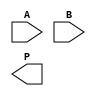
module wallace_tree_multiplier #(parameter N = 4)(
    input [N-1:0] A,
    input [N-1:0] B,
    output reg [2*N-1:0] P
);

    // Generate Partial Products
    wire [N-1:0] pp [0:N-1]; // Partial products
    genvar i;
    generate
        for (i = 0; i < N; i = i + 1) begin: gen_partial_products
            assign pp[i] = A & {N{B[i]}};
        end
    endgenerate

    // Carry-Save Adder (CSA) Level
    wire [N-1:0] sum [0:N/3-1];
    wire [N-1:0] carry [0:N/3-1];
    
    // First level of CSA
    generate
        for (i = 0; i < N/3; i = i + 1) begin: first_level_csa
            if (i < N/3) begin
                assign {carry[i], sum[i]} = pp[3*i] + pp[3*i + 1] + pp[3*i + 2];
            end
        end
    endgenerate

    // Second level of CSA (if necessary)
    wire [N-1:0] final_sum;
    wire [N-1:0] final_carry;

    generate
        if (N % 3 == 1) begin
            assign {final_carry, final_sum} = sum[0] + sum[1] + pp[N-1];
        end else if (N % 3 == 2) begin
            assign {final_carry, final_sum} = sum[0] + sum[1];
        end else begin
            assign {final_carry, final_sum} = sum[0];
        end
    endgenerate

    // Final addition
    always @(*) begin
        P = final_sum + final_carry;
    end

endmodule